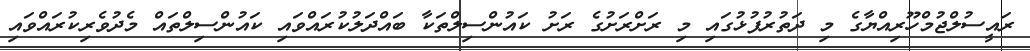
ރައީސުލްޖުމްހޫރިއްޔާގެ މި ދަތުރުފުޅުގައި މި ރަށްރަށުގެ ރަށު ކައުންސިލްތަކާ ބައްދަލުކުރައްވައި ކައުންސިލްތައް މެދުވެރިކުރައްވައި